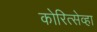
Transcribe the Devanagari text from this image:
कोरित्सेव्हा